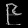
Digit: ၉